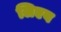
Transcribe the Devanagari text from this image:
लिएब